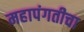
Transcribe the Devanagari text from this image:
महापंगतीचा